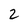
Character: 2